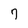
Character: 7